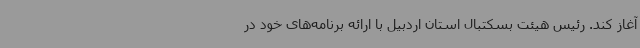
آغاز کند. رئیس هیئت بسکتبال استان اردبیل با ارائه برنامه‌های خود در